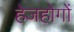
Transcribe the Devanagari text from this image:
हेजहोगों